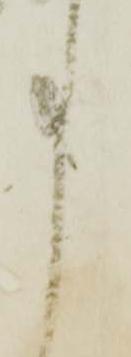
事